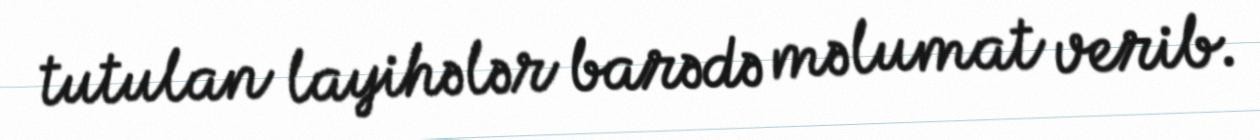
tutulan layihələr barədə məlumat verib.